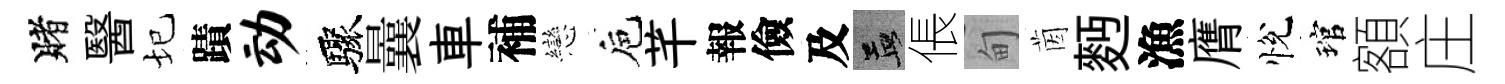
賭醫圮蹟动驟曩車補戀巵芊報儉及孟倀甸茵麪漁膺悅琯額庄